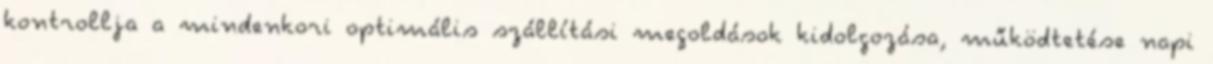
kontrollja a mindenkori optimális szállítási megoldások kidolgozása, működtetése napi